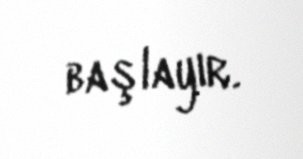
başlayır.